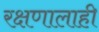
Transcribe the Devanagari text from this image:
रक्षणालाही